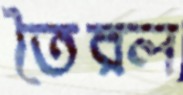
তৈরল